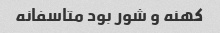
کهنه و شور بود متاسفانه